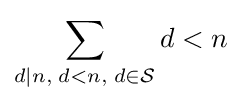
\sum _{d\mid {n},\;d<n,\;d\in {\mathcal {S}}}d<{n}